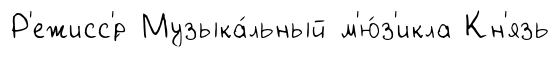
Р'ежисс'́р Музыка́льный м'ю́з'икла Кн'язь